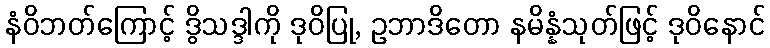
နံဝိဘတ်ကြောင့် ဒွိသဒ္ဒါကို ဒုဝိပြု, ဥဘာဒိတော နမိန္နံသုတ်ဖြင့် ဒုဝိနောင်